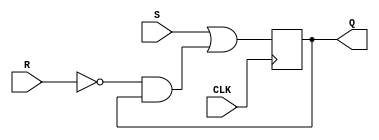
module edge_triggered_RS_FF(R,S, CLK, Q);
 input R;
input S;
 input CLK;
 output Q;
reg Q;
always @(posedge CLK)
Q=S|(~R&Q);
endmodule